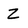
Character: Z